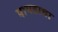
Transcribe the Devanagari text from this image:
पापडाचा